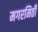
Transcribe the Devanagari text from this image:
मगरमिठी